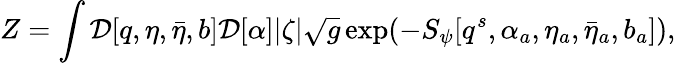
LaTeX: Z=\int{\cal D}[q,\eta,{\bar{\eta}},b]{\cal D}[\alpha]|\zeta|\sqrt{g}\exp(-S_{\psi}[q^{s},\alpha_{a},\eta_{a},\bar{\eta}_{a},b_{a}]),